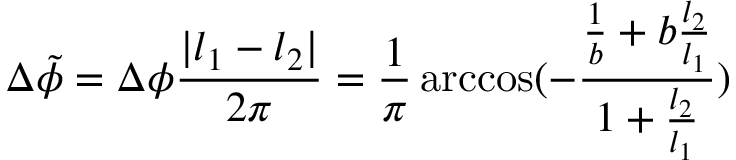
\Delta \Tilde { \phi } = \Delta \phi \frac { | l _ { 1 } - l _ { 2 } | } { 2 \pi } = \frac { 1 } { \pi } \operatorname { a r c c o s } ( - \frac { \frac { 1 } { b } + b \frac { l _ { 2 } } { l _ { 1 } } } { 1 + \frac { l _ { 2 } } { l _ { 1 } } } )